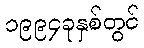
၁၉၉၄ခုနှစ်တွင်